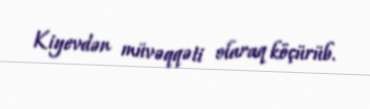
Kiyevdən müvəqqəti olaraq köçürüb.